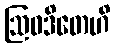
ဩဝဒိတေဟိ